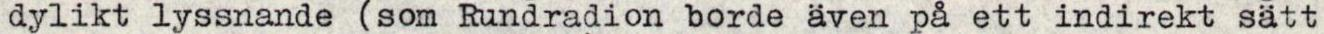
dylikt lyssnande (som Rundradion borde även på ett indirekt sätt